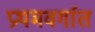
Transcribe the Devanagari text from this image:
प्रथमवर्गात